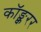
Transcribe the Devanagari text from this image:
कॉङ्क्वरर